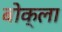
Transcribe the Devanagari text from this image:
बोक्ला